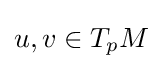
u,v\in T_{p}M